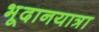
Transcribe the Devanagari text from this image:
भूदानयात्रा